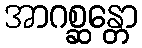
အာဂစ္ဆန္တော